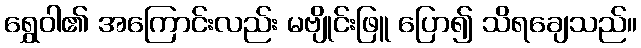
ရွှေဝါ၏ အကြောင်းလည်း မဗျိုင်းဖြူ ပြော၍ သိရချေသည်။